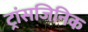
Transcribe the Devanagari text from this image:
ट्रांसजिनिक